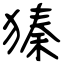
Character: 獉